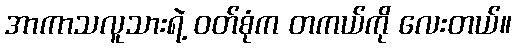
အာကာသလူသားရဲ့ ဝတ်စုံက တကယ်ကို လေးတယ်။